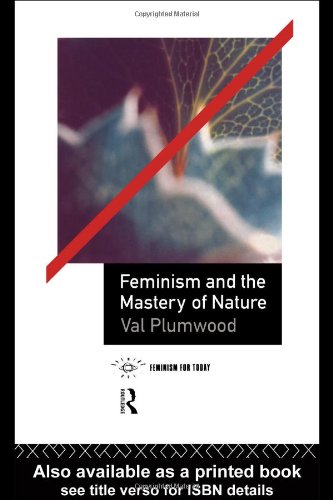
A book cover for Feminism and the Mastery of Nature (Opening Out: Feminism for Today); Val Plumwood; Gay & Lesbian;